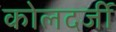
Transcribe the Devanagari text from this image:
कोलदर्जी